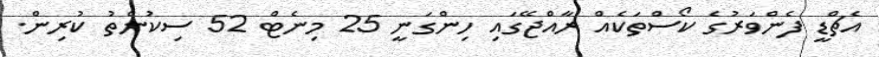
އެޗްޑީ ފެންވަރުގެ ކޯސްތަކެއް ރާއްޖޭގައި ހިންގަނީ 25 މިނެޓް 52 ސިކުންތު ކުރިން.